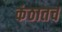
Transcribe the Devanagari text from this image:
कंठातच